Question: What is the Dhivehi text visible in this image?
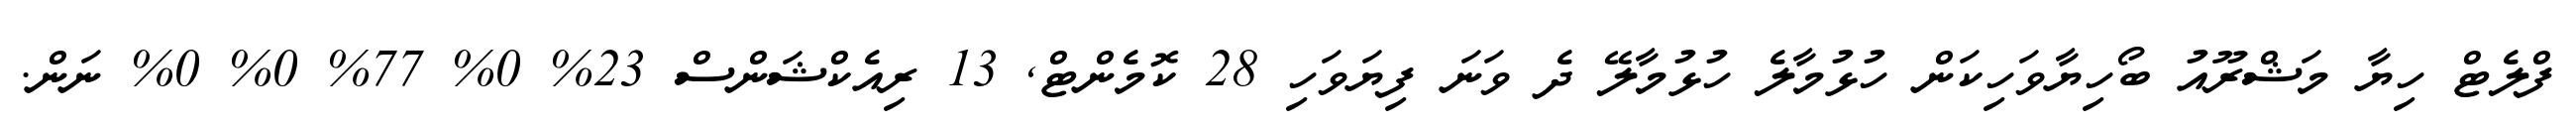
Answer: ފްލެޓް ހިޔާ މަޝްރޫއު ބޯހިޔާވަހިކަން ހުޅުމާލެ ހުޅުމާލޭ ދެ ވަނަ ފިޔަވަހި 28 ކޮމެންޓް, 13 ރިއެކްޝަންސް 23% 0% 77% 0% 0% ނަން.